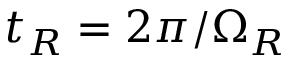
t _ { R } = 2 \pi / \Omega _ { R }